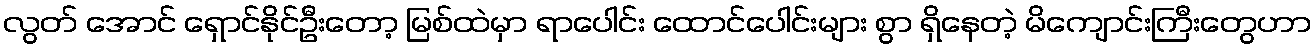
လွတ် အောင် ရှောင်နိုင်ဦးတော့ မြစ်ထဲမှာ ရာပေါင်း ထောင်ပေါင်းများ စွာ ရှိနေတဲ့ မိကျောင်းကြီးတွေဟာ